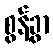
စွန့်ခွာ